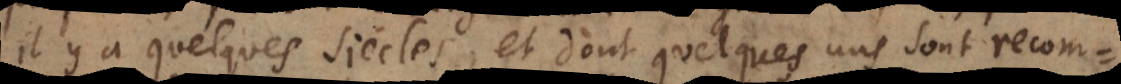
il y a quelques siècles, et dont quelques uns sont recom